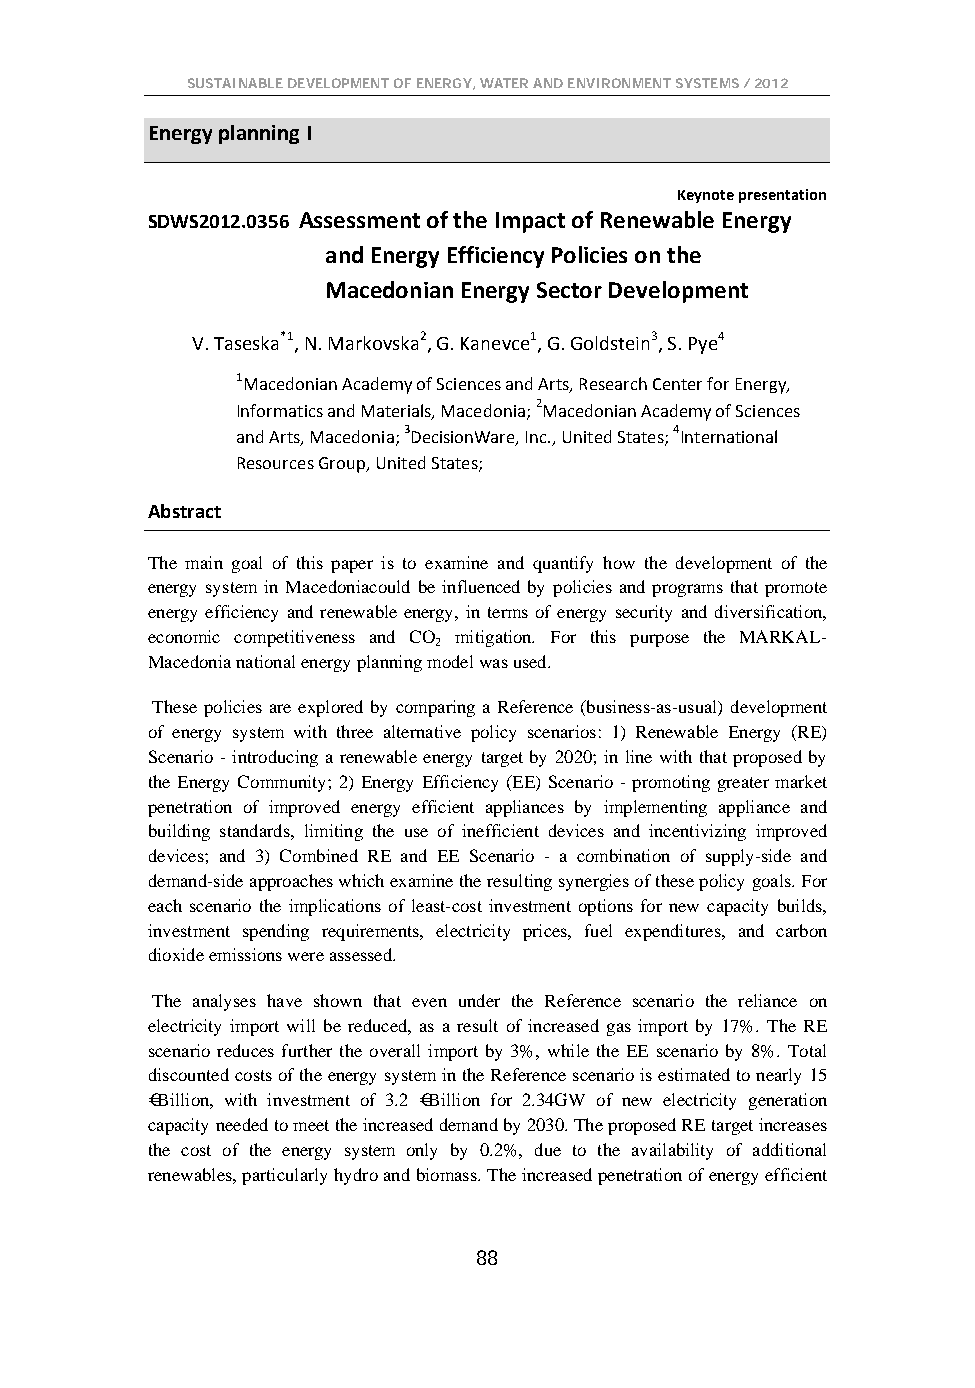
SUSTAINABLE DEVELOPMENT OF ENERGY, WATER AND ENVIRONMENT SYSTEMS / 2012
 Energy planning I
 Keynote presentation
 SDWS2012.0356 Assessment of the Impact of Renewable Energy
 and Energy Efficiency Policies on the
 Macedonian Energy Sector Development
 V. Taseska*1, N. Markovska2, G. Kanevce1, G. Goldstein3, S. Pye4
 1Macedonian Academy of Sciences and Arts, Research Center for Energy,
 Informatics and Materials, Macedonia; 2Macedonian Academy of Sciences
 and Arts, Macedonia; 3DecisionWare, Inc., United States; 4International
 Resources Group, United States;
 Abstract
 The main goal of this paper is to examine and quantify how the development of the
 energy system in Macedoniacould be influenced by policies and programs that promote
 energy efficiency and renewable energy, in terms of energy security and diversification,
 economic competitiveness and CO mitigation. For this purpose the MARKAL-
 2
 Macedonia national energy planning model was used.
 These policies are explored by comparing a Reference (business-as-usual) development
 of energy system with three alternative policy scenarios: 1) Renewable Energy (RE)
 Scenario - introducing a renewable energy target by 2020; in line with that proposed by
 the Energy Community; 2) Energy Efficiency (EE) Scenario - promoting greater market
 penetration of improved energy efficient appliances by implementing appliance and
 building standards, limiting the use of inefficient devices and incentivizing improved
 devices; and 3) Combined RE and EE Scenario - a combination of supply-side and
 demand-side approaches which examine the resulting synergies of these policy goals. For
 each scenario the implications of least-cost investment options for new capacity builds,
 investment spending requirements, electricity prices, fuel expenditures, and carbon
 dioxide emissions were assessed.
 The analyses have shown that even under the Reference scenario the reliance on
 electricity import will be reduced, as a result of increased gas import by 17%. The RE
 scenario reduces further the overall import by 3%, while the EE scenario by 8%. Total
 discounted costs of the energy system in the Reference scenario is estimated to nearly 15
 €Billion, with investment of 3.2 €Billion for 2.34GW of new electricity generation
 capacity needed to meet the increased demand by 2030. The proposed RE target increases
 the cost of the energy system only by 0.2%, due to the availability of additional
 renewables, particularly hydro and biomass. The increased penetration of energy efficient
 88